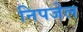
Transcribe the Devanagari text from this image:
निपजेल